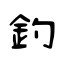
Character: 釣